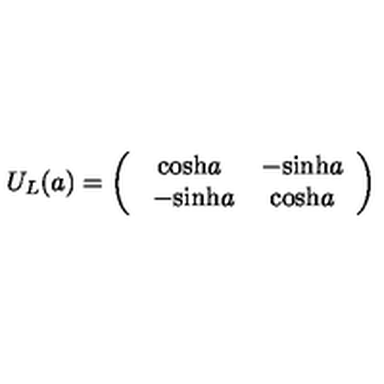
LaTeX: U _ { L } ( a ) = \left( \begin{array} { c c } { \mathrm { c o s h } a } & { - \mathrm { s i n h } a } \\ { \ - \mathrm { s i n h } a } & { \mathrm { c o s h } a } \\ \end{array} \right)